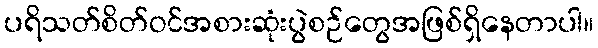
ပရိသတ်စိတ်ဝင်အစားဆုံးပွဲစဉ်တွေအဖြစ်ရှိနေတာပါ။